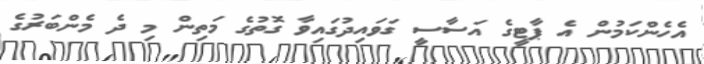
އެހެންކަމުން އެ ޕާޓީގެ އަސާސީ ގަވައިދުގައިވާ ގޮތުގެ މަތިން މި ދެ މެންބަރުގެ